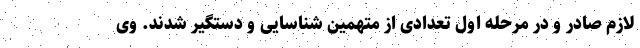
لازم صادر و در مرحله اول تعدادی از متهمین شناسایی و دستگیر شدند. وی